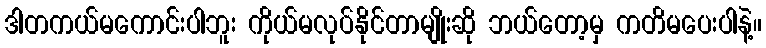
ဒါတကယ်မကောင်းပါဘူး ကိုယ်မလုပ်နိုင်တာမျိုးဆို ဘယ်တော့မှ ကတိမပေးပါနဲ့။